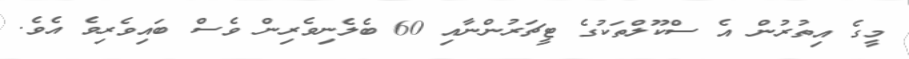
މީގެ އިތުރުން އެ ސްކޫލްތަކުގެ ޓީޗަރުންނާއި 60 ބެލެނިވެރިން ވެސް ބައިވެރިވެ އެވެ.